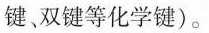
键、双键等化学键)。